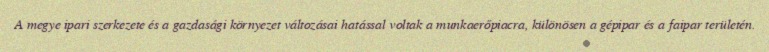
A megye ipari szerkezete és a gazdasági környezet változásai hatással voltak a munkaerőpiacra, különösen a gépipar és a faipar területén.